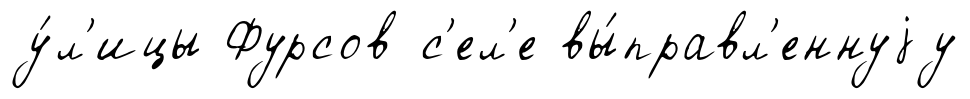
у́л'ицы Фурсов с'ел'е вы́правл'еннуjу